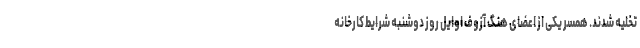
تخلیه شدند. همسر یکی از اعضای هنگ آزوف اوایل روز دوشنبه شرایط کارخانه